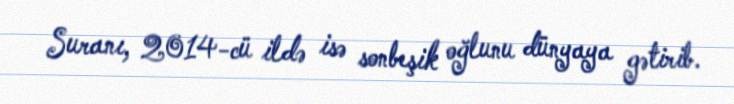
Suranı, 2014-cü ildə isə sonbeşik oğlunu dünyaya gətirib.